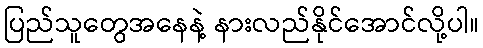
ပြည်သူတွေအနေနဲ့ နားလည်နိုင်အောင်လို့ပါ။